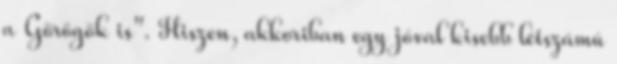
a Görögök is". Hiszen, akkoriban egy jóval kisebb létszámú